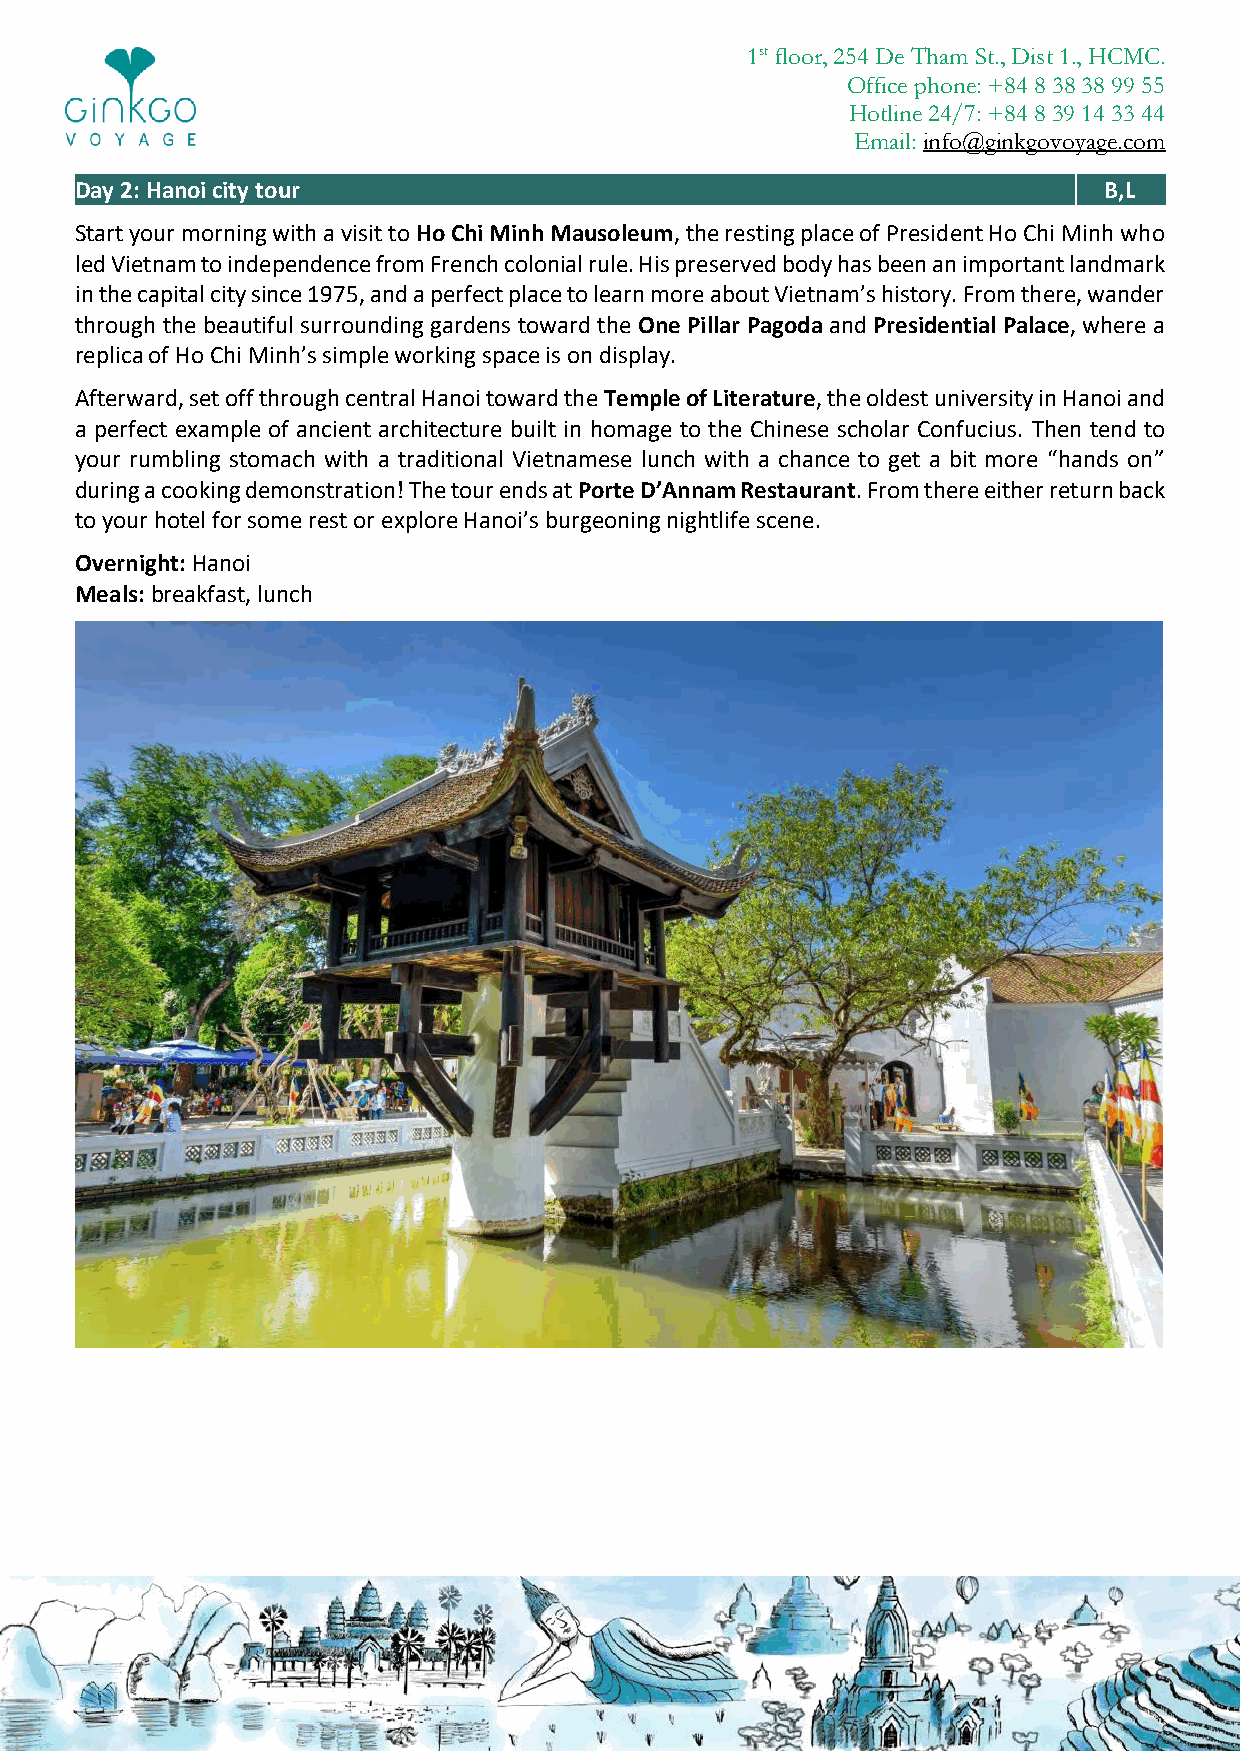
1st floor, 254 De Tham St., Dist 1., HCMC.
 Office phone: +84 8 38 38 99 55
 Hotline 24/7: +84 8 39 14 33 44
 Email: info@ginkgovoyage.com
 Day 2: Hanoi city tour                                              B,L
 Start your morning with a visit to Ho Chi Minh Mausoleum, the resting place of President Ho Chi Minh who
 led Vietnam to independence from French colonial rule. His preserved body has been an important landmark
 in the capital city since 1975, and a perfect place to learn more about Vietnam’s history. From there, wander
 through the beautiful surrounding gardens toward the One Pillar Pagoda and Presidential Palace, where a
 replica of Ho Chi Minh’s simple working space is on display.
 Afterward, set off through central Hanoi toward the Temple of Literature, the oldest university in Hanoi and
 a perfect example of ancient architecture built in homage to the Chinese scholar Confucius. Then tend to
 your rumbling stomach with a traditional Vietnamese lunch with a chance to get a bit more “hands on”
 during a cooking demonstration! The tour ends at Porte D’Annam Restaurant. From there either return back
 to your hotel for some rest or explore Hanoi’s burgeoning nightlife scene.
 Overnight: Hanoi
 Meals: breakfast, lunch